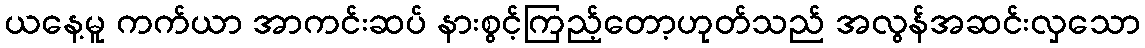
ယနေ့မူ ကက်ယာ အာကင်းဆပ် နားစွင့်ကြည့်တော့ဟုတ်သည် အလွန်အဆင်းလှသော